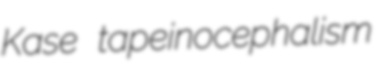
Kase tapeinocephalism